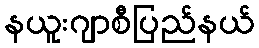
နယူးဂျာစီပြည်နယ်